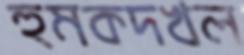
হুমকদখল